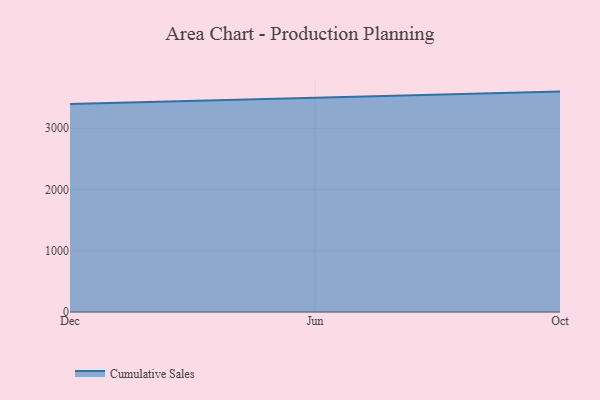
{"axis": {"x": "Month", "y": "Churn Rate (%)"}, "legend": ["Cumulative Sales"], "data": [{"x": "Dec", "y": 3395.0, "type": "Cumulative Sales"}, {"x": "Jun", "y": 3497.9, "type": "Cumulative Sales"}, {"x": "Oct", "y": 3598.4, "type": "Cumulative Sales"}]}